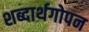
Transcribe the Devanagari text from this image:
शब्दार्थगोपन